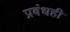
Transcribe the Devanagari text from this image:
प्रबंधही